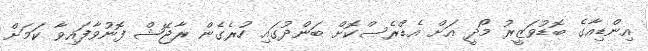
އިންޑިއާގެ ބޮޑުވަޒީރު މޯދީ އަށް އެޑްރެސްކޮށް ބަންދުގައި ހުރެގެން ރާޖޭޝް ފޮނުވާފައިވާ ކަމަށް